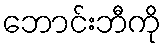
ဘောင်းဘီကို